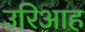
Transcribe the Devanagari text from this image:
उरिआह